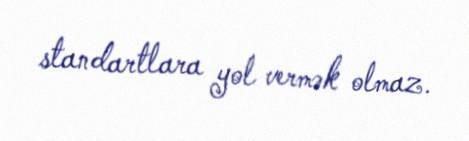
standartlara yol vermək olmaz.